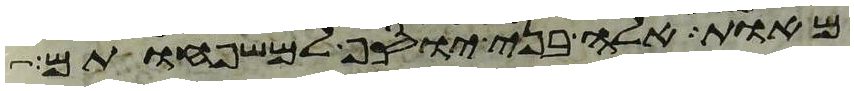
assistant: מאות אלה בני יוסף למשפחותם